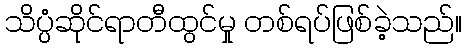
သိပ္ပံဆိုင်ရာတီထွင်မှု တစ်ရပ်ဖြစ်ခဲ့သည်။